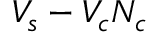
V _ { s } - V _ { c } N _ { c }